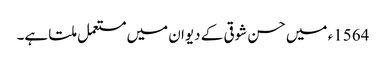
1564ء میں حسن شوقی کے دیوان میں مستعمل ملتا ہے۔